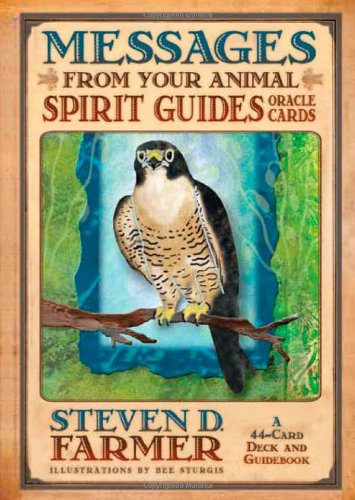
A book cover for Messages from Your Animal Spirit Guides Oracle Cards: A 44-Card Deck and Guidebook!; Steven D. Farmer; Religion & Spirituality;